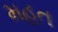
મહત